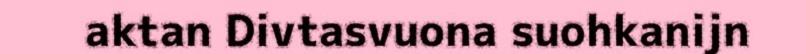
aktan Divtasvuona suohkanijn